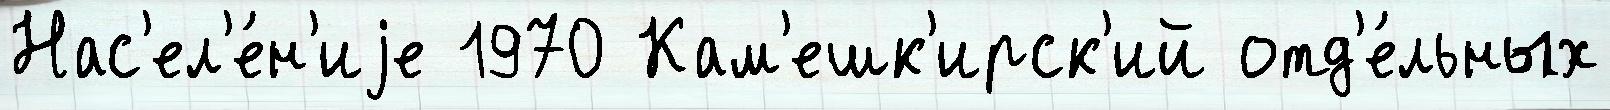
Нас'ел'е́н'иjе 1970 Кам'ешк'ирск'ий отд'е́льных